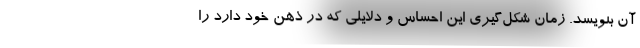
آن بنویسد. زمان شکل‌گیری این احساس و دلایلی که در ذهن خود دارد را